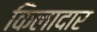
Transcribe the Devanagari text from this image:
किलादार